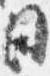
目